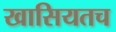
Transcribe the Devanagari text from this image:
खासियतच